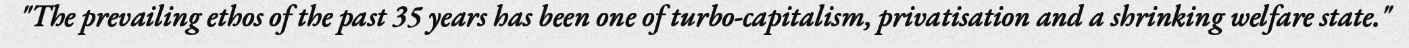
"The prevailing ethos of the past 35 years has been one of turbo-capitalism, privatisation and a shrinking welfare state."